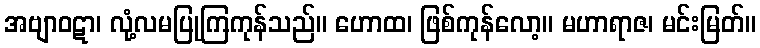
အဗျာဝဋာ၊ လုံ့လမပြုကြကုန်သည်။ ဟောထ၊ ဖြစ်ကုန်လော့။ မဟာရာဇ၊ မင်းမြတ်။